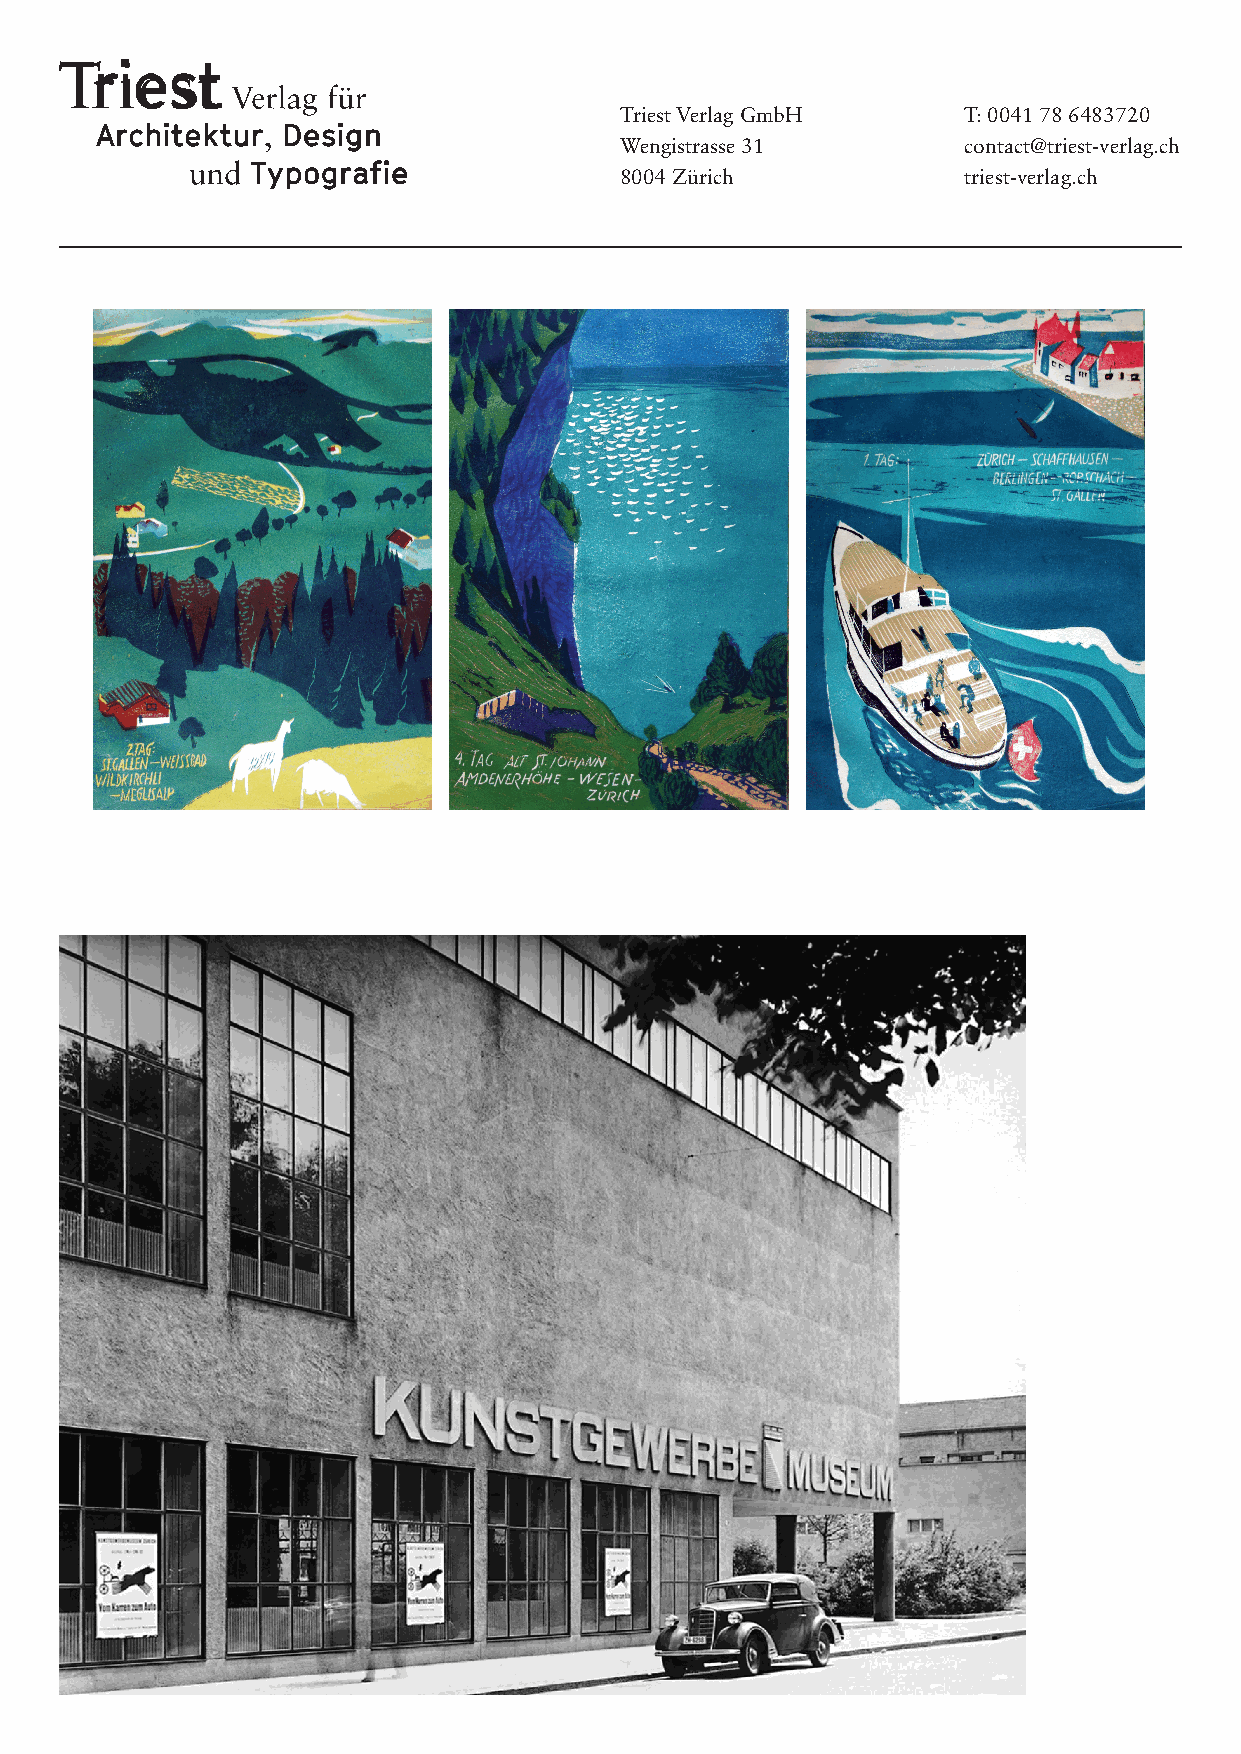
Triest Verlag GmbH     T: 0041 78 6483720
 Wengistrasse 31        contact@triest-verlag.ch
 8004 Zürich            triest-verlag.ch
 184
 [324]                   [325]                  [326]
 [327]                   [328]                  [329]
 Säntisfahrt der Fachklasse Graphik,            Seite 185 [330]
 September 1942 ist der Titel einer Publikati-
 on, welche die Schüler von Ernst Keller für
 ihn realisiert haben. Alle haben einen Text
 oder eine Illustration beigesteuert und nach
 Aussage von Jacques Plancherel hat Rudolf
 Specker die Publikation gedruckt.
 Im Impressum finden wir den folgenden
 Text: «Herrn Keller gewidmet von den
 Schülern der Fachklasse, in Dankbarkeit für
 die schönen Reisetage. Oktober 1942.»
 EK_Layout_T4DE.indd 184                                               19.10.17 15:05